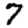
Digit: 7